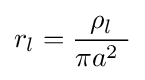
r_{l}={\frac {\rho _{l}}{\pi a^{2}\ }}